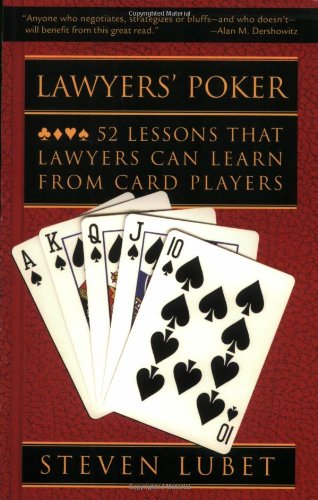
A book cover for Lawyers' Poker: 52 Lessons that Lawyers Can Learn from Card Players; Steven Lubet; Law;